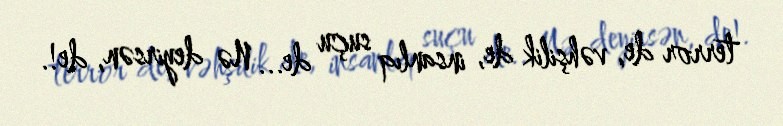
terror de, vəhşilik de, insanlıq suçu de... Nə deyirsən, de!.